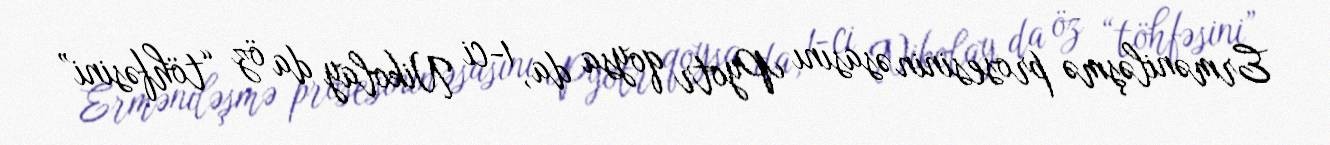
Erməniləşmə prosesinin əsasını Pyotr qoysa da, 1-ci Nikolay da öz “töhfəsini”